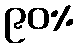
၉၀%